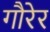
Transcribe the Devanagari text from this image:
गौरेर